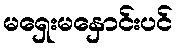
မရှေးမနှောင်းပင်